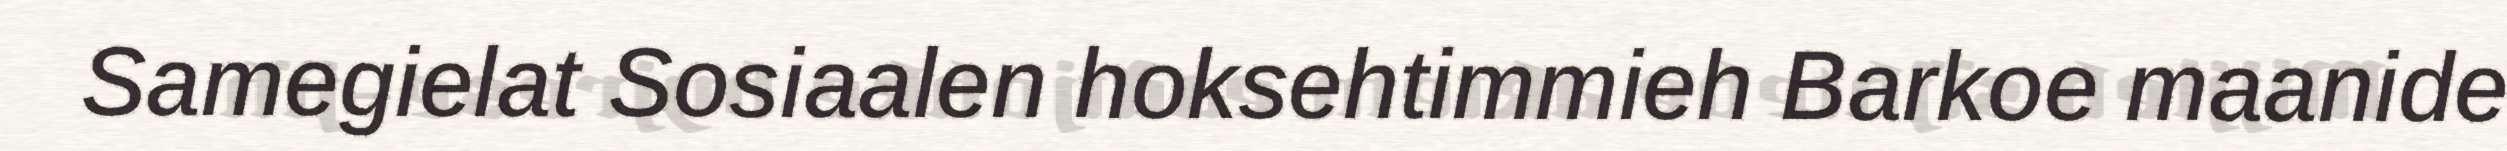
Samegielat Sosiaalen hoksehtimmieh Barkoe maanide